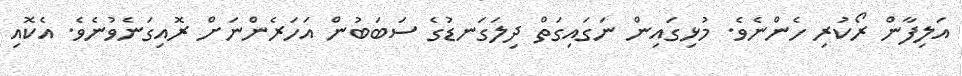
އަލިފާން ރޯކުރި ހެންނެވެ. މުޅިގައިން ނަގައިގަތް ދިލަގަނޑުގެ ސަބަބުން އަހަރެންނަށް ރޮއިގަނެވުނެވެ. އެކޮއި